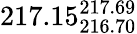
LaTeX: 217.15_{216.70}^{217.69}